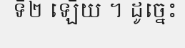
ទី២ ឡើយ ។ ដូច្នេះ